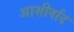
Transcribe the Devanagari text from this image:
आशीर्वांद